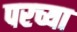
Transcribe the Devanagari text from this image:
परच्या